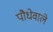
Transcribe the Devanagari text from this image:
पौधेवाले